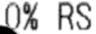
0% RS